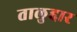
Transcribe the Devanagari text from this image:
तालुद्दार